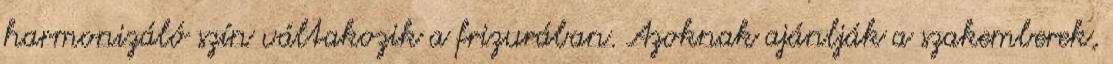
harmonizáló szín váltakozik a frizurában. Azoknak ajánlják a szakemberek,